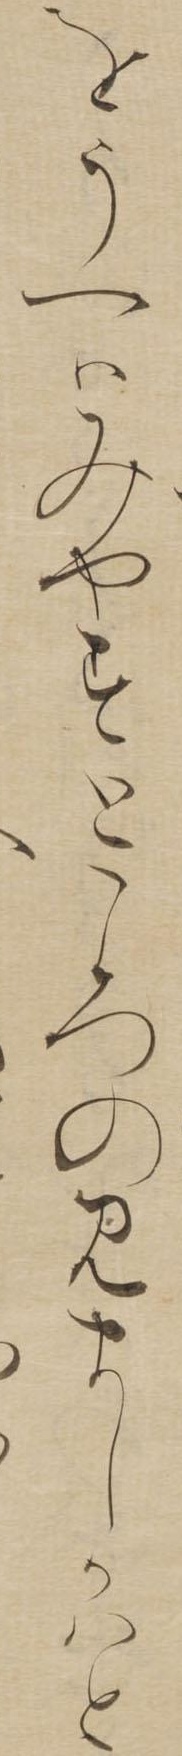
をうへはみやすところのみましかはと